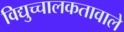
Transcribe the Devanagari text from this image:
विद्युच्चालकतावाले